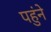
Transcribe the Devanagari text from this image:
पहुंने